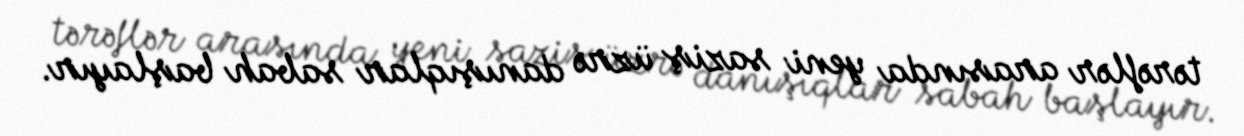
tərəflər arasında yeni saziş üzrə danışıqlar sabah başlayır.